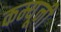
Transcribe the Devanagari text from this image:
कम्यूनी